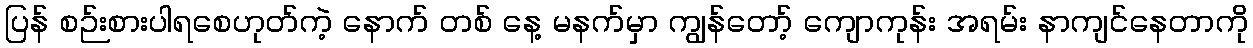
ပြန် စဉ်းစားပါရစေဟုတ်ကဲ့ နောက် တစ် နေ့ မနက်မှာ ကျွန်တော့် ကျောကုန်း အရမ်း နာကျင်နေတာကို